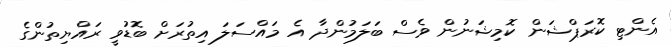
އެންޓި ކޮރަޕްޝަން ކޮމިޝަނުން ވެސް ބަލަމުންދާ އެ މައްސަލަ އިތުރަށް ބޮޑުވީ ރައްޔިތުންގެ